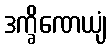
ဒက္ခိဏေယျံ